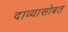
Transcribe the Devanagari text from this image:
दाव्यासोबत